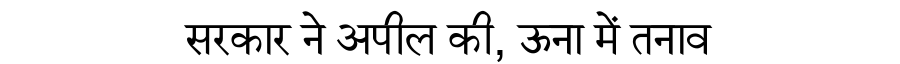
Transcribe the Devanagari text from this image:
सरकार ने अपील की, ऊना में तनाव